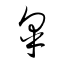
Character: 皐